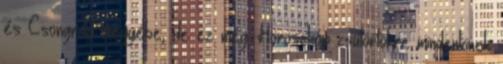
és Csongrád megyébe, de ez még. Horoszkóp csütörtökre mindenkinek